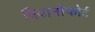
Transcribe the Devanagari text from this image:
पियानोफोर्ट